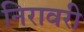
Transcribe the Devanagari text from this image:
निरावरी